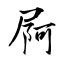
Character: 屙